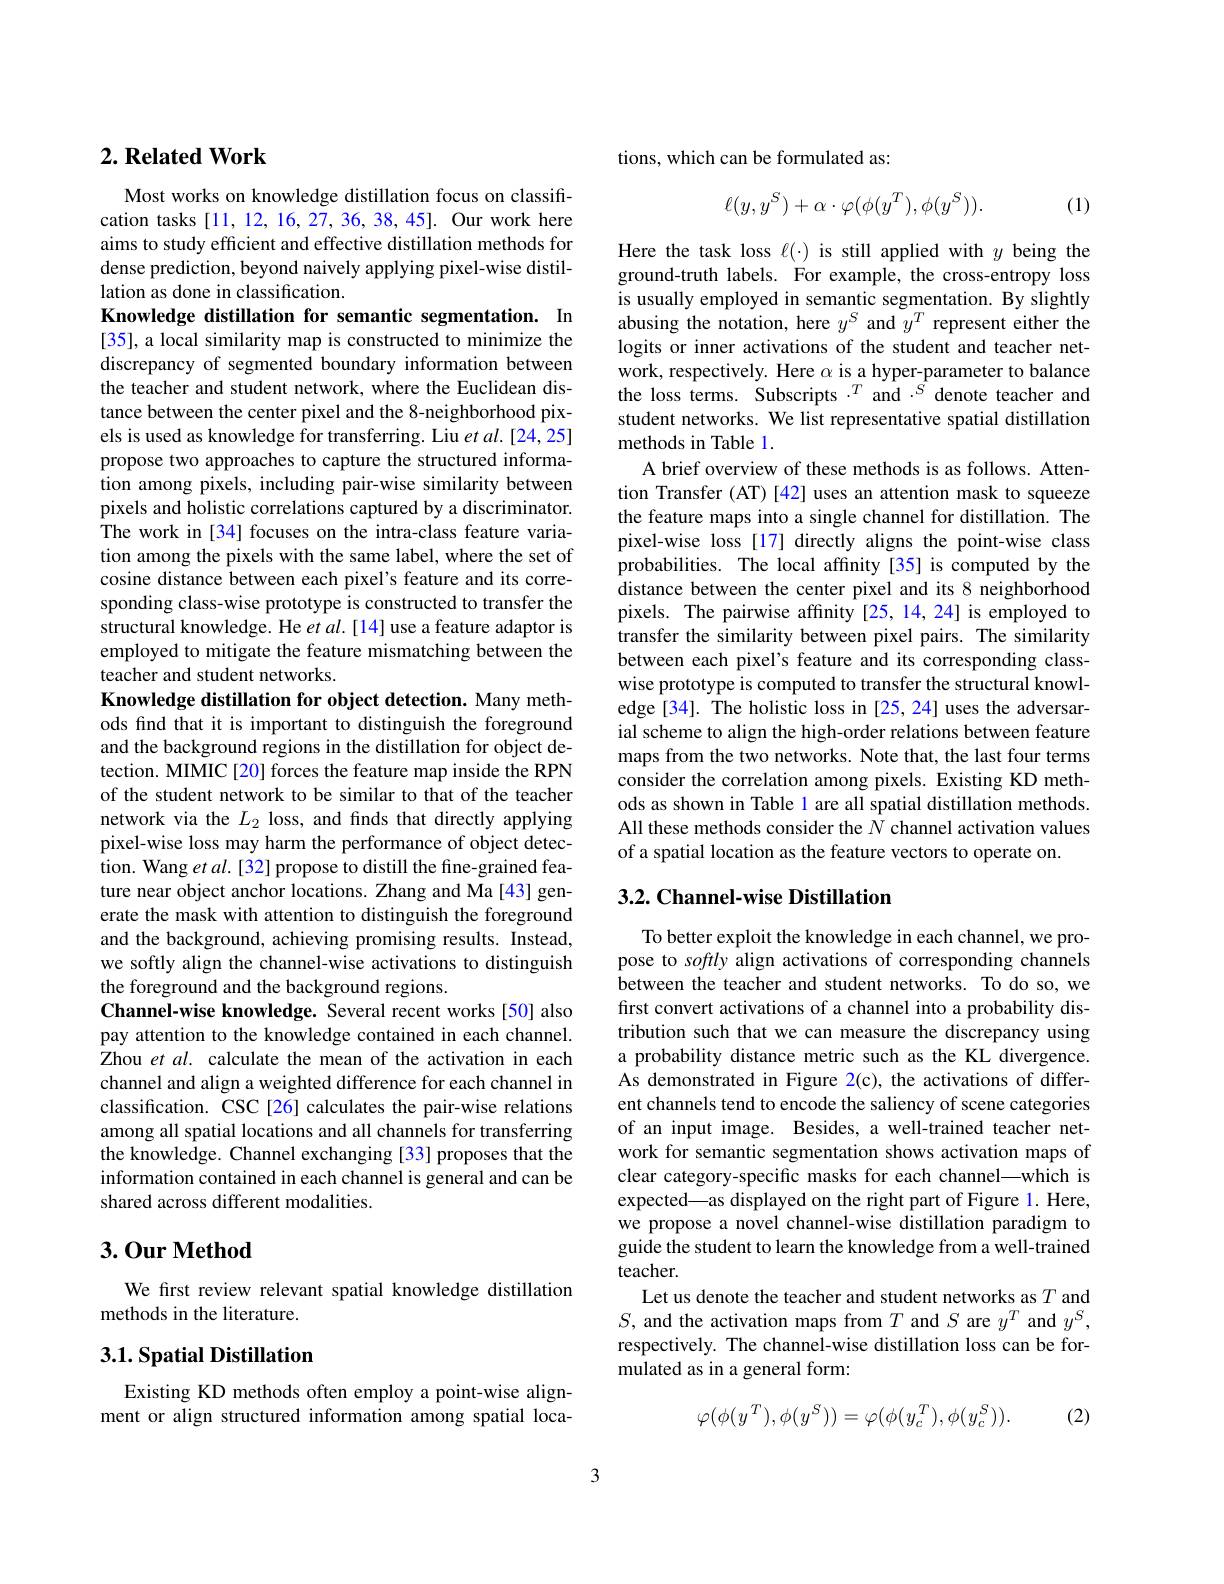
## $2. \textbf{Related Work}$

Most works on knowledge distillation focus on classification tasks [11, 12, 16, 27, 36, 38, 45]. Our work here aims to study efficient and effective distillation methods for dense prediction, beyond naively applying pixel-wise distillation as done in classification.

Knowledge distillation for semantic segmentation. In [35], a local similarity map is constructed to minimize the discrepancy of segmented boundary information between the teacher and student network, where the Euclidean distance between the center pixel and the 8-neighborhood pixels is used as knowledge for transferring. Liu $etal.[24,25]$ propose two approaches to capture the structured information among pixels, including pair-wise similarity between pixels and holistic correlations captured by a discriminator. The work in [34] focuses on the intra-class feature variation among the pixels with the same label, where the set of cosine distance between each pixel's feature and its corresponding class-wise prototype is constructed to transfer the structural knowledge. He et $al.[14]$ use a feature adaptor is employed to mitigate the feature mismatching between the teacher and student networks.
Knowledge distillation for object detection. Many methods find that it is important to distinguish the foreground and the background regions in the distillation for object detection. MIMIC[20] forces the feature map inside the RPN of the student network to be similar to that of the teacher network via the $L_2$ loss, and finds that directly applying pixel-wise loss may harm the performance of object detection. Wang et $al.$ [32] propose to distill the fine-grained feature near object anchor locations. Zhang and Ma[43] generate the mask with attention to distinguish the foreground and the background, achieving promising results. Instead, we softly align the channel-wise activations to distinguish the foreground and the background regions.
Channel-wise knowledge. Several recent works[50] also pay attention to the knowledge contained in each channel. Zhou et al. calculate the mean of the activation in each channel and align a weighted difference for each channel in classification. CSC[26] calculates the pair-wise relations among all spatial locations and all channels for transferring the knowledge. Channel exchanging [33] proposes that the information contained in each channel is general and can be shared across different modalities.

## 3.0ur Method

We first review relevant spatial knowledge distillation
methods in the literature.

## $3. 1. \textbf{Spatial Distillation}$

Existing KD methods often employ a point-wise alignment or align structured information among spatial loca-

tions, which can be formulated as:
$$\ell(y,y^S)+\alpha\cdot\varphi(\phi(y^T),\phi(y^S)).$$
(1)

Here the task loss $\ell(\cdot)$ is still applied with $y$ being the ground-truth labels. For example, the cross-entropy loss is usually employed in semantic segmentation. By slightly abusing the notation, here $y^S$ and $y^T$ represent either the logits or inner activations of the student and teacher network, respectively. Here $\alpha$ is a hyper-parameter to balance the loss terms. Subscripts $\cdot^T$ and $\cdot^{\tilde{S}}$ denote teacher and student networks. We list representative spatial distillation methods in Table 1.
A brief overview of these methods is as follows. Attention Transfer (AT)[42] uses an attention mask to squeeze the feature maps into a single channel for distillation. The pixel-wise loss [17] directly aligns the point-wise class probabilities. The local affinity [35] is computed by the distance between the center pixel and its 8 neighborhood pixels. The pairwise affnity[25,14,24] is employed to transfer the similarity between pixel pairs. The similarity between each pixel's feature and its corresponding classwise prototype is computed to transfer the structural knowledge[34]. The holistic loss in [25, 24] uses the adversarial scheme to align the high-order relations between feature maps from the two networks. Note that, the last four terms consider the correlation among pixels. Existing KD methods as shown in Table l are all spatial distillation methods. All these methods consider the $N$ channel activation values of a spatial location as the feature vectors to operate on.

# 3.2. Channel-wise Distillation

To better exploit the knowledge in each channel, we propose to softly align activations of corresponding channels between the teacher and student networks. To do so, we first convert activations of a channel into a probability distribution such that we can measure the discrepancy using a probability distance metric such as the KL divergence. As demonstrated in Figure 2(c), the activations of different channels tend to encode the saliency of scene categories of an input image. Besides, a well-trained teacher network for semantic segmentation shows activation maps of clear category-specific masks for each channel—which is expected—as displayed on the right part of Figure 1. Here, we propose a novel channel-wise distillation paradigm to guide the student to learn the knowledge from a well-trained teacher.
Let us denote the teacher and student networks as $T$ and $S$, and the activation maps from $T$ and $S$ are $y^T$ and $y^S$, respectively. The channel-wise distillation loss can be formulated as in a general form:
$$\varphi(\phi(y^T),\phi(y^S))=\varphi(\phi(y_c^T),\phi(y_c^S)).$$
(2)

3